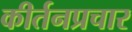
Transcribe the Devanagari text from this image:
कीर्तनप्रचार